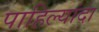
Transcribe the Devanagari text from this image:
पाहिल्यांदा